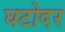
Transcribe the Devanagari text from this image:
घटोदर